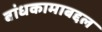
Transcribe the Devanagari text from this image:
बांधकामाबद्दल